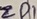
Text: ZD1